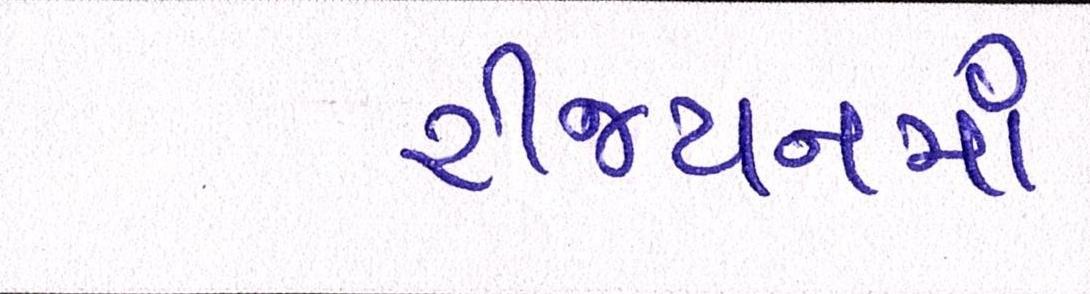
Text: રીજયનમાં